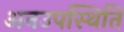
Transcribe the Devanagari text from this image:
अनउपस्थिति